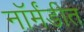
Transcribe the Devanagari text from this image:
नॉर्मंडीत